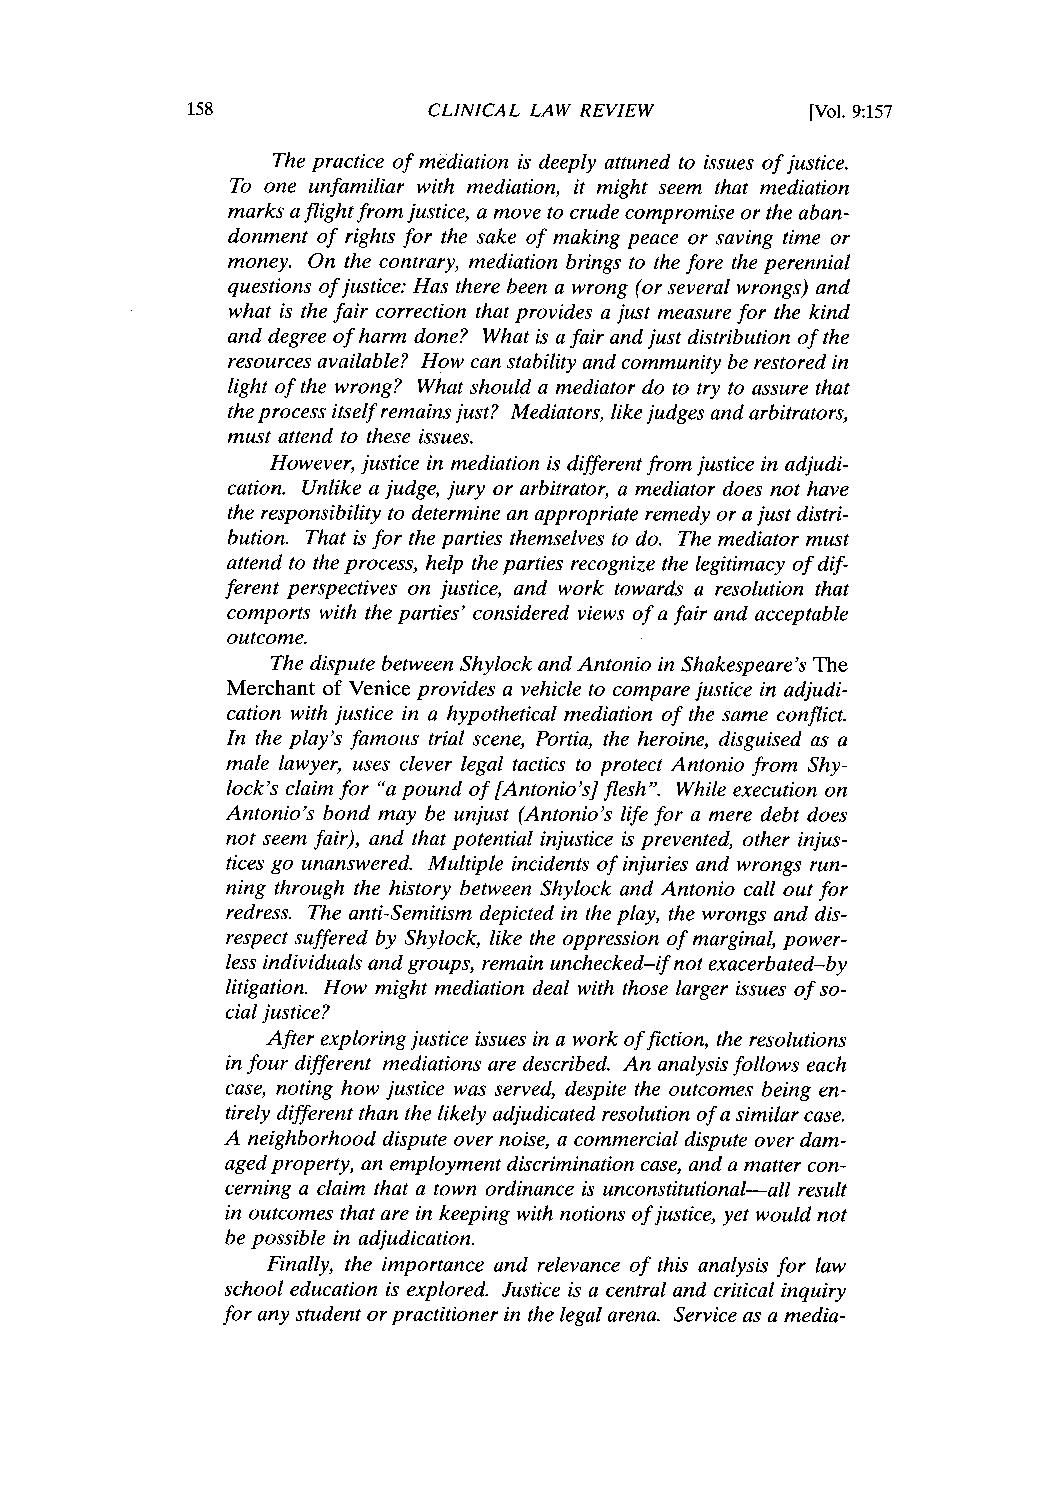
CLINICAL LAW REVIEW       [Vol. 9:157
 The practice of mediation is deeply attuned to issues of justice.
 To one unfamiliar with mediation, it might seem that mediation
 marks a flight from justice, a move to crude compromise or the aban-
 donment of rights for the sake of making peace or saving time or
 money. On the contrary, mediation brings to the fore the perennial
 questions of justice: Has there been a wrong (or several wrongs) and
 what is the fair correction that provides a just measure for the kind
 and degree of harm done? What is a fair and just distribution of the
 resources available? How can stability and community be restored in
 light of the wrong? What should a mediator do to try to assure that
 the process itself remains just? Mediators, like judges and arbitrators,
 must attend to these issues.
 However, justice in mediation is different from justice in adjudi-
 cation. Unlike a judge, jury or arbitrator,a mediator does not have
 the responsibility to determine an appropriater emedy or a just distri-
 bution. That is for the parties themselves to do. The mediator must
 attend to the process, help the parties recognize the legitimacy of dif-
 ferent perspectives on justice, and work towards a resolution that
 comports with the parties' considered views of a fair and acceptable
 outcome.
 The dispute between Shylock and Antonio in Shakespeare's The
 Merchant of Venice provides a vehicle to compare justice in adjudi-
 cation with justice in a hypothetical mediation of the same conflict.
 In the play's famous trial scene, Portia, the heroine, disguised as a
 male lawyer, uses clever legal tactics to protect Antonio from Shy-
 lock's claim for "a pound of [Antonio's] flesh". While execution on
 Antonio's bond may be unjust (Antonio's life for a mere debt does
 not seem fair), and that potential injustice is prevented, other injus-
 tices go unanswered. Multiple incidents of injuries and wrongs run-
 ning through the history between Shylock and Antonio call out for
 redress. The anti-Semitism depicted in the play, the wrongs and dis-
 respect suffered by Shylock, like the oppression of marginal,p ower-
 less individuals and groups, remain unchecked-if not exacerbated-by
 litigation. How might mediation deal with those larger issues of so-
 cial justice?
 After exploring justice issues in a work of fiction, the resolutions
 in four different mediations are described. An analysis follows each
 case, noting how justice was served, despite the outcomes being en-
 tirely different than the likely adjudicated resolution of a similarc ase.
 A neighborhood dispute over noise, a commercial dispute over dam-
 aged property, an employment discrimination case, and a matter con-
 cerning a claim that a town ordinance is unconstitutional-allr esult
 in outcomes that are in keeping with notions of justice, yet would not
 be possible in adjudication.
 Finally, the importance and relevance of this analysis for law
 school education is explored. Justice is a central and critical inquiry
 for any student or practitioneri n the legal arena. Service as a media-